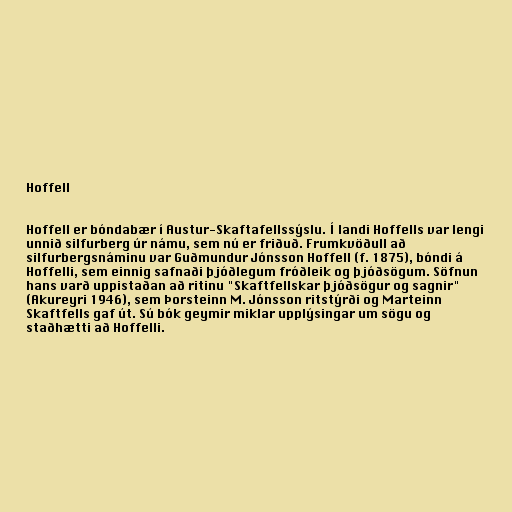
Hoffell

Hoffell er bóndabær í Austur-Skaftafellssýslu. Í landi Hoffells var lengi
unnið silfurberg úr námu, sem nú er friðuð. Frumkvöðull að
silfurbergsnáminu var Guðmundur Jónsson Hoffell (f. 1875), bóndi á
Hoffelli, sem einnig safnaði þjóðlegum fróðleik og þjóðsögum. Söfnun
hans varð uppistaðan að ritinu "Skaftfellskar þjóðsögur og sagnir"
(Akureyri 1946), sem Þorsteinn M. Jónsson ritstýrði og Marteinn
Skaftfells gaf út. Sú bók geymir miklar upplýsingar um sögu og
staðhætti að Hoffelli.